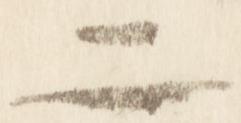
二